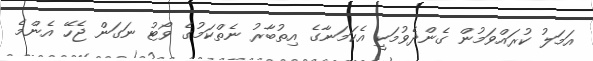
އަމަލު ކުރައްވަމުން ގެންދެވުމަކީ އެކަމަނާގެ އިތުބާރު ނެތްކަމުގެ ވޯޓު ނަގަން ޖެހޭ އެންމެ